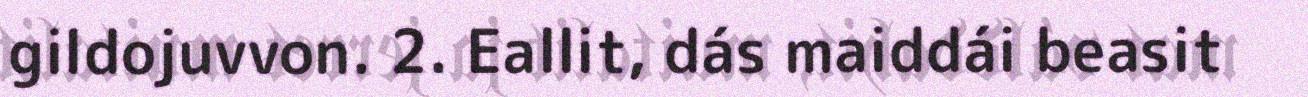
gildojuvvon. 2. Eallit, dás maiddái beasit